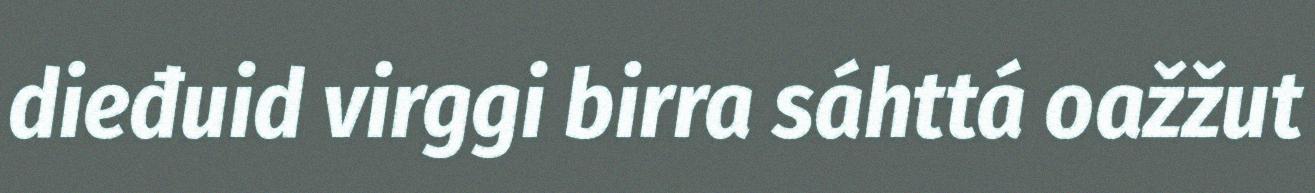
dieđuid virggi birra sáhttá oažžut